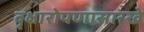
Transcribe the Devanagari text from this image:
वृक्षारोपणासारखे